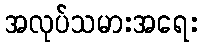
အလုပ်သမားအရေး